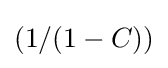
(1/(1-C))